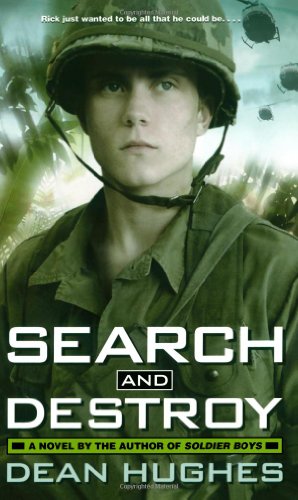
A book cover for Search and Destroy; Dean Hughes; Teen & Young Adult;